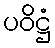
ပဝိဋ္ဌံ